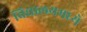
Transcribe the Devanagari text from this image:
विद्यालयमध्ये